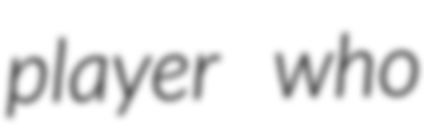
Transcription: player who